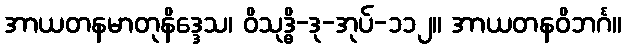
အာယတနမာတုနိဒ္ဒေသ၊ ဝိသုဒ္ဓိ-ဒု-အုပ်-၁၁၂။ အာယတနဝိဘင်္ဂ။